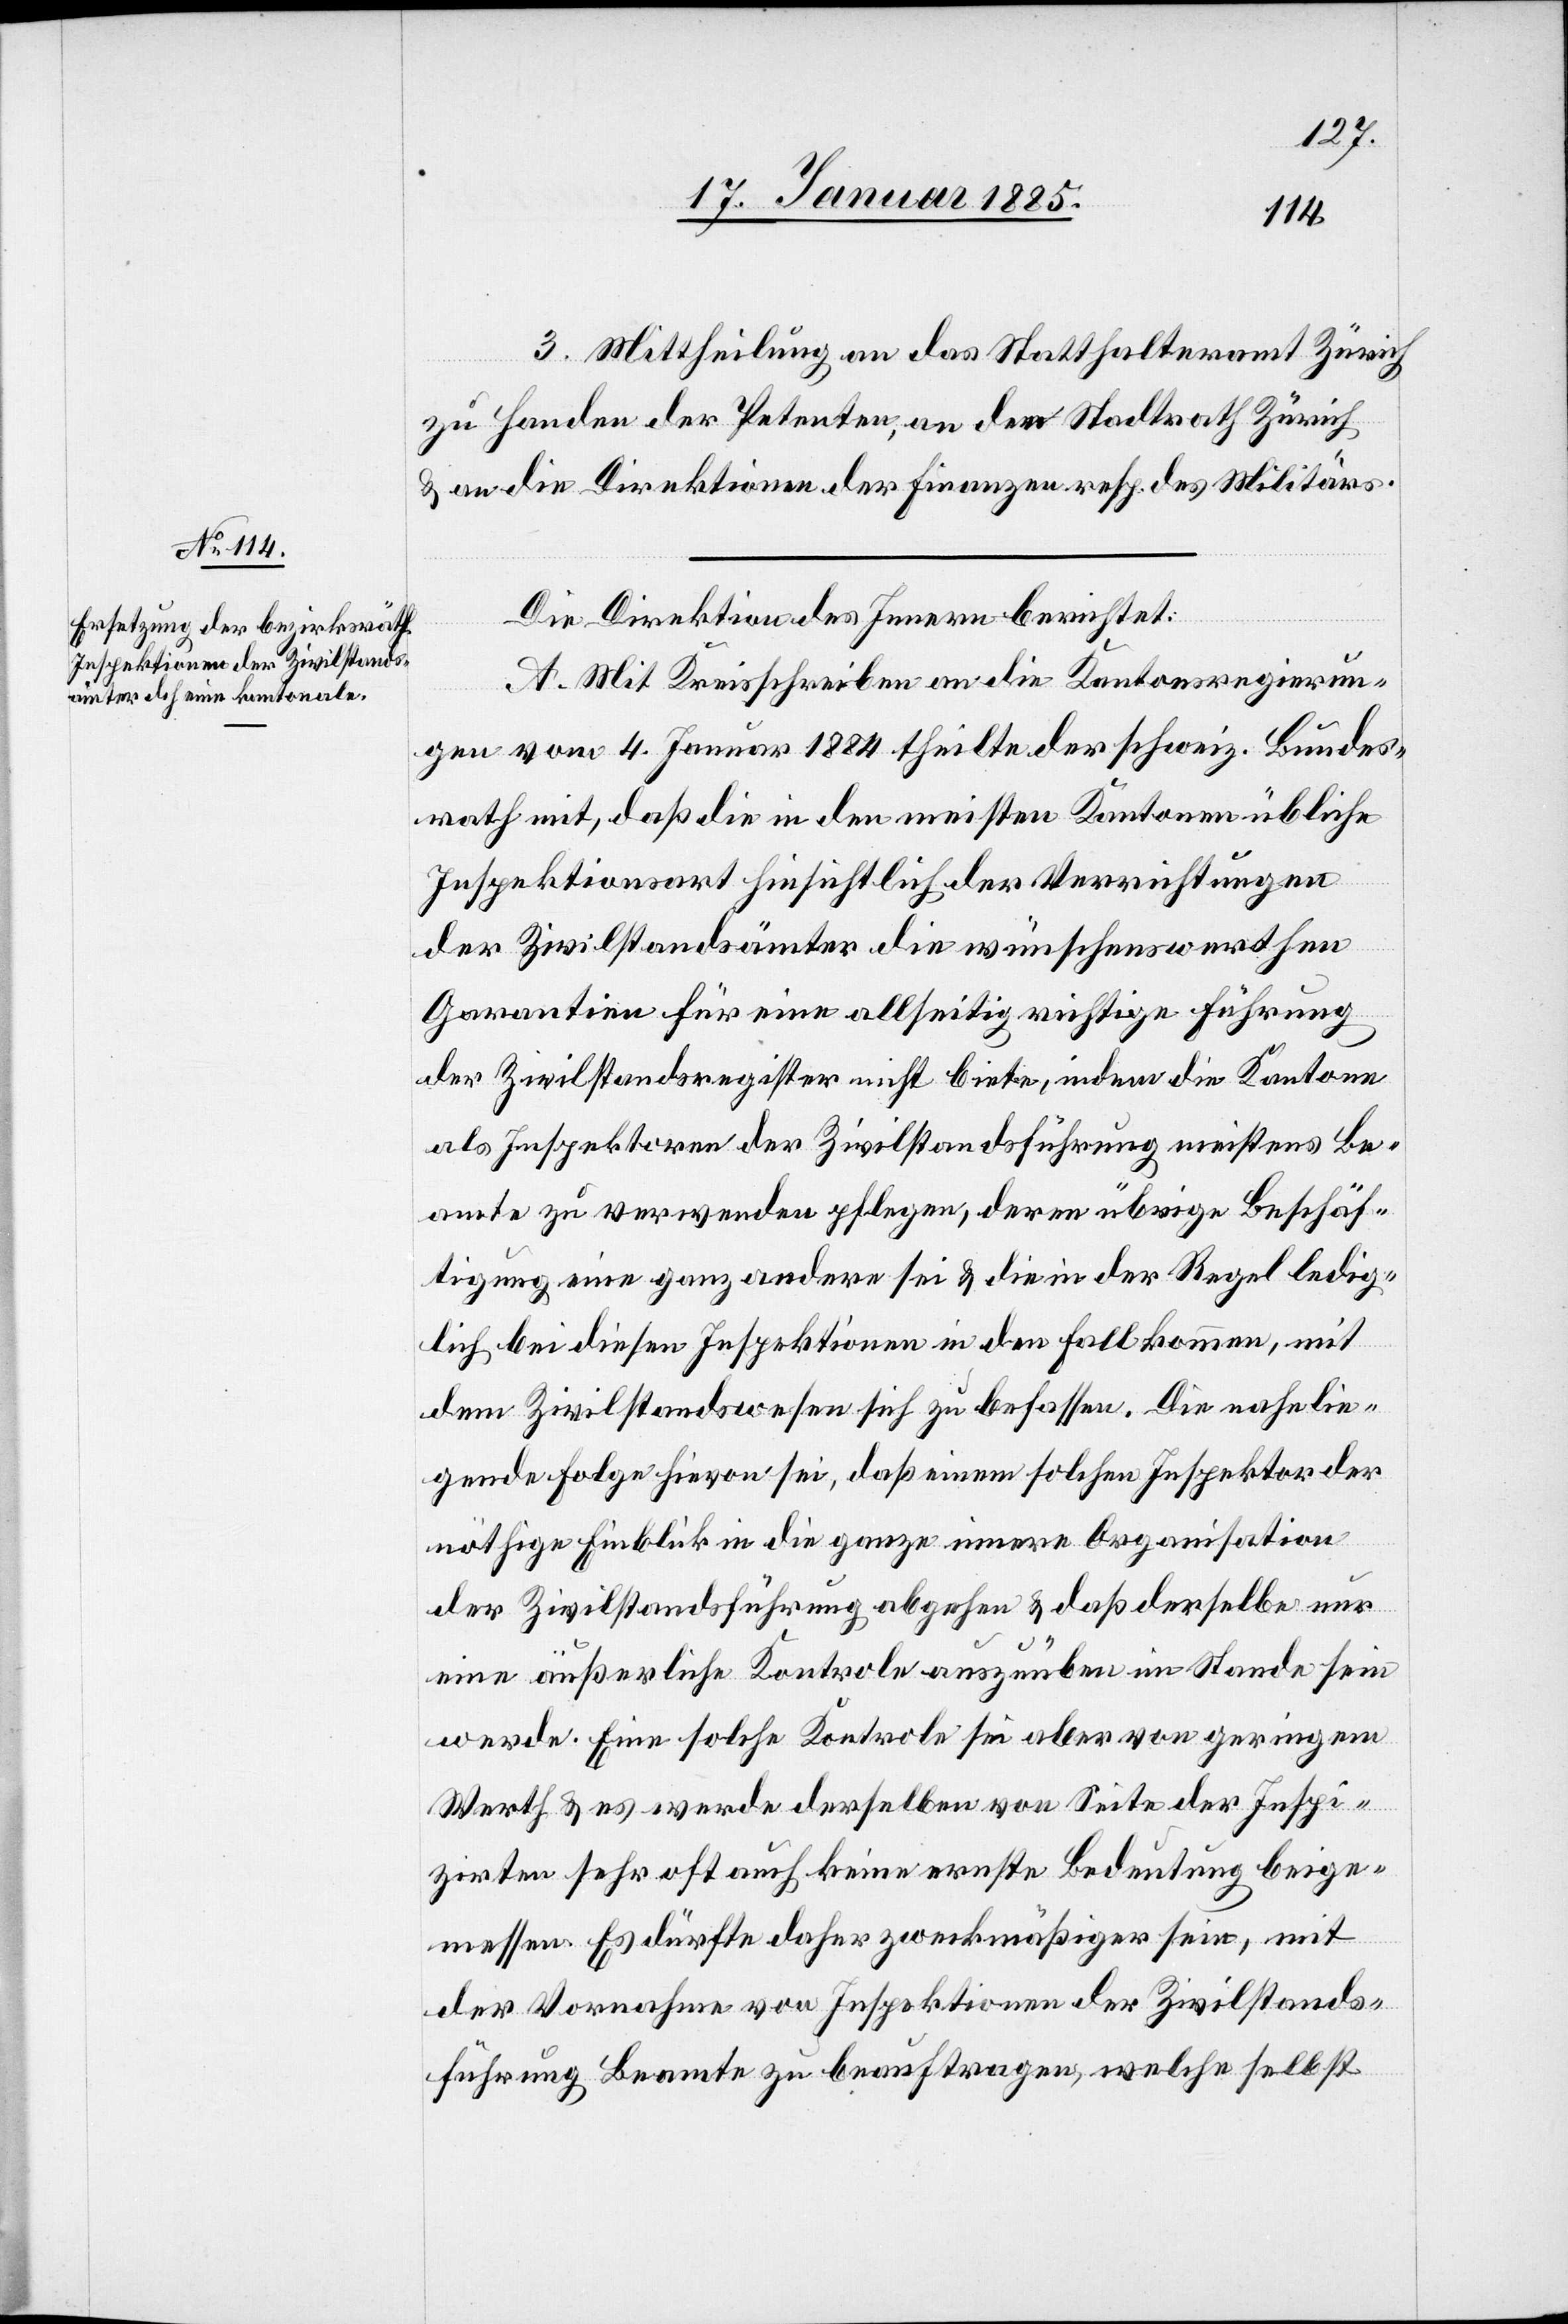
3. Mittheilung an das Statthalteramt Zürich
zu Handen der Petenten, an den Stadtrath Zürich
& an die Direktion der Finanzen resp. des Militärs.
Die Direktion des Innern berichtet:
A. Mit Kreisschreiben an die Kantonsregierun¬
gen vom 4. Januar 1884 theilte der schweiz. Bundes¬
rath mit, daß die in den meisten Kantonen übliche
Inspektionsart hinsichtlich der Verrichtungen
der Zivilstandsämter die wünschenswerthen
Garantien für eine allseitig richtige Führung
der Zivilstandsämter nicht biete, indem die Kantone
als Inspektoren der Zivilstandsführung meistens Be¬
amte zu verwenden pflegen, deren übrige Beschäf¬
tigung eine ganz andere sei & die in der Regel ledig¬
lich bei diesen Inspektionen in den Fall kommen, mit
dem Zivilstandswesen sich zu befassen. Die nahelie¬
gende Folge hievon sei, daß einem solchen Inspektor der
nöthige Einblick in die ganze innere Organisation
der Zivilstandsführung abgehen & daß derselbe nur
eine äußerliche Kontrole auszuüben im Stande sein
werde. Eine solche Kontrole sei aber von geringem
Werth & es werde derselben von Seite der Inspi¬
zirten sehr oft auch keine ernste Bedeutung beige¬
messen. Es dürfte daher zweckmäßiger sein, mit
der Vornahme von Inspektionen der Zivilstands¬
führung Beamte zu beauftragen, welche selbst